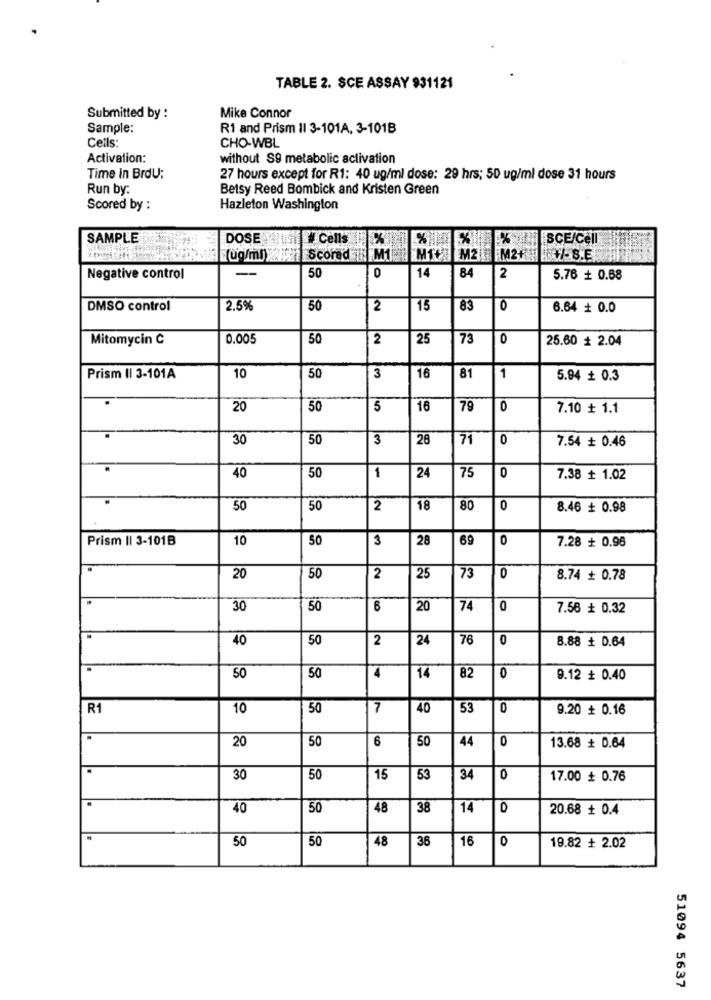
TABLE 2. SCE ASSAY 931121
Submitted by :
Mike Connor
Sample:
Ri and Prism Il 3-101A, 3-101B
Cells:
CHO-WBL
Activation:
without S9 metabolic activation
Time In BrdU:
27 hours except for R1: 40 ug/ml dose: 29 hrs; 50 ug/ml dose 31 hours
Run by:
Betsy Reed Bombick and Kristen Green
Scored by :
Hazleton Washington
SAMPLE
DOSE
# Cells
%% |SCE/CEIT
Scored M1
MTC
M2 M2++-S.E
Negative control
-
50
14
84
2
5.76 + 0.68
DMSO control
2.5%
50
2
15
83
0
6.64 + 0.0
Mitomycin C
0.005
50
2
25
73
0
25.60 + 2.04
Prism Il 3-101A
10
50
3
16
81
1
5.94 + 0.3
.
20
50
5
16
79
0
7.10 + 1.1
30
50
3
28
71
0
7.54 + 0.46
50
40
1
24
75
0
7.38 ≤ 1.02
50
50
2
18
80
0
8.46 + 0.98
Prism II 3-101B
10
50
3
28
69
0
7.28 + 0.96
20
50
2
25
73
0
8.74 + 0.78
30
50
6
20
74
0
7.56 + 0.32
40
50
2
24
76
0
8.88 ₺ 0.64
82
50
50
4
14
0
9.12 # 0.40
R1
10
50
7
40
53
0
9.20 + 0.16
20
50
6
0
50
44
13.68 + 0.64
30
50
15
53
34
0
17.00 ₺ 0.76
40
50
48
38
14
0
20.68 + 0.4
50
50
48
36
16
0
19.82 + 2.02
51094 5637